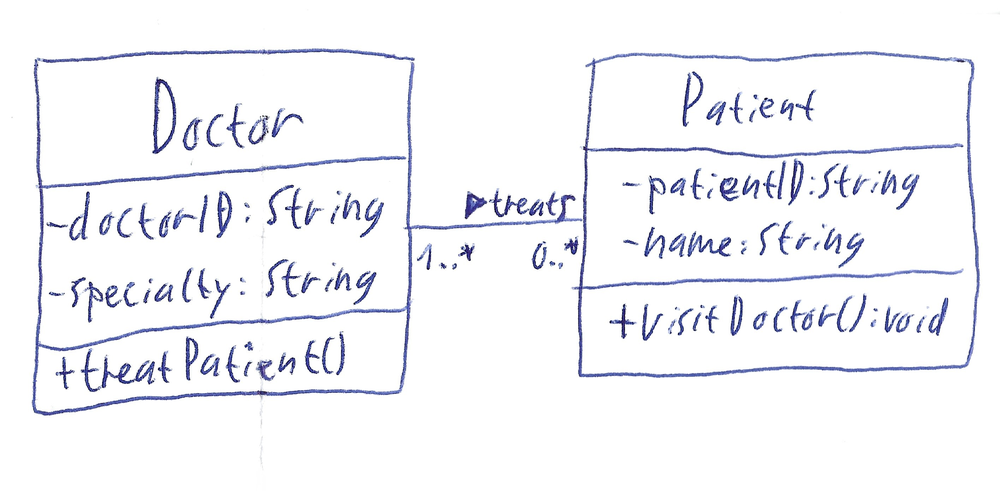
Diagram type: class_diagram
```plantuml
@startuml

class Doctor {
  - doctorID: String
  - specialty: String
  + treatPatient()
}

class Patient {
  - patientID: String
  - name: String
  + visitDoctor(): void
}

Doctor "1..*" -- "0..*" Patient : treats >

@enduml
```